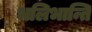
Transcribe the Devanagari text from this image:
भलिभान्ति